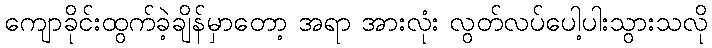
ကျောခိုင်းထွက်ခဲ့ချိန်မှာတော့ အရာ အားလုံး လွတ်လပ်ပေါ့ပါးသွားသလို